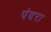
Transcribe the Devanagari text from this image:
पंदरा